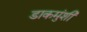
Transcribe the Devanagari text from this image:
डाकमुंशी